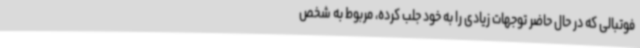
فوتبالی که در حال حاضر توجهات زیادی را به خود جلب کرده، مربوط به شخص